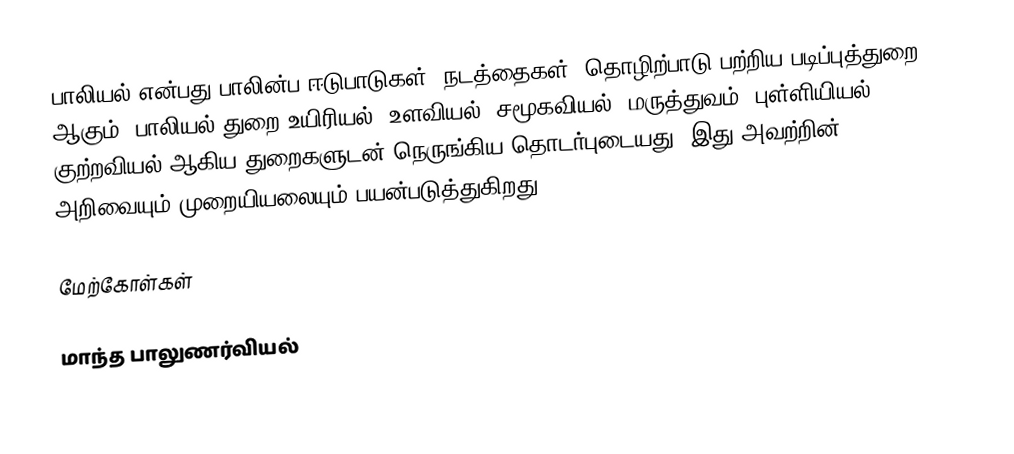
பாலியல் என்பது பாலின்ப ஈடுபாடுகள், நடத்தைகள், தொழிற்பாடு பற்றிய படிப்புத்துறை ஆகும். பாலியல் துறை உயிரியல், உளவியல், சமூகவியல், மருத்துவம், புள்ளியியல், குற்றவியல் ஆகிய துறைகளுடன் நெருங்கிய தொடர்புடையது. இது அவற்றின் அறிவையும் முறையியலையும் பயன்படுத்துகிறது.

மேற்கோள்கள்

மாந்த பாலுணர்வியல்